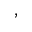
^ ,